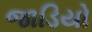
જાડિયો